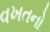
વખતનો